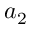
a _ { 2 }